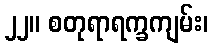
၂၂။ စတုရာရက္ခကျမ်း၊